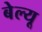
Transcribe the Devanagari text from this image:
बेल्यू